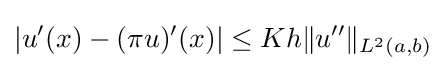
|u'(x)-(\pi u)'(x)|\leq Kh\|u''\|_{L^{2}(a,b)}